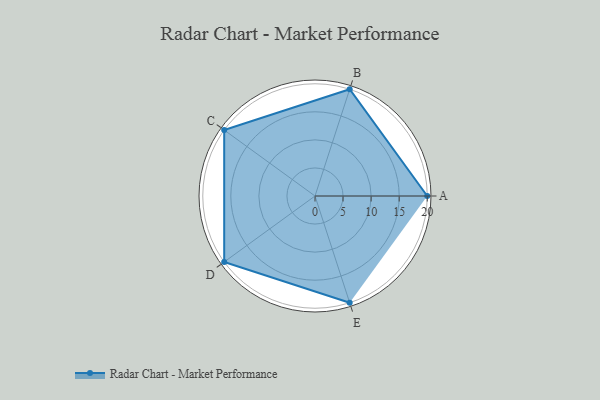
{"axis": {"x": "Skill", "y": "Score"}, "legend": ["Profile"], "data": [{"x": "A", "y": 20, "type": "Profile"}, {"x": "B", "y": 20, "type": "Profile"}, {"x": "C", "y": 20, "type": "Profile"}, {"x": "D", "y": 20, "type": "Profile"}, {"x": "E", "y": 20, "type": "Profile"}]}